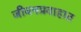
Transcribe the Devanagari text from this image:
जीवनप्रवाहात